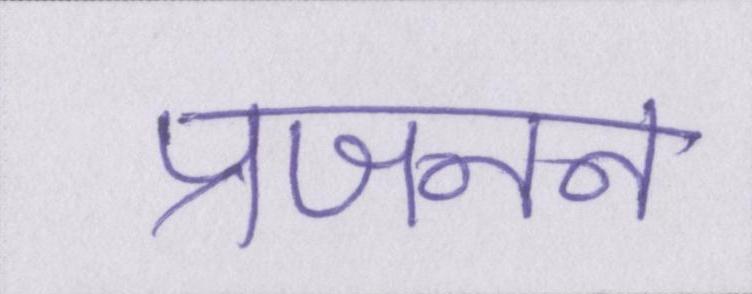
प्रजनन